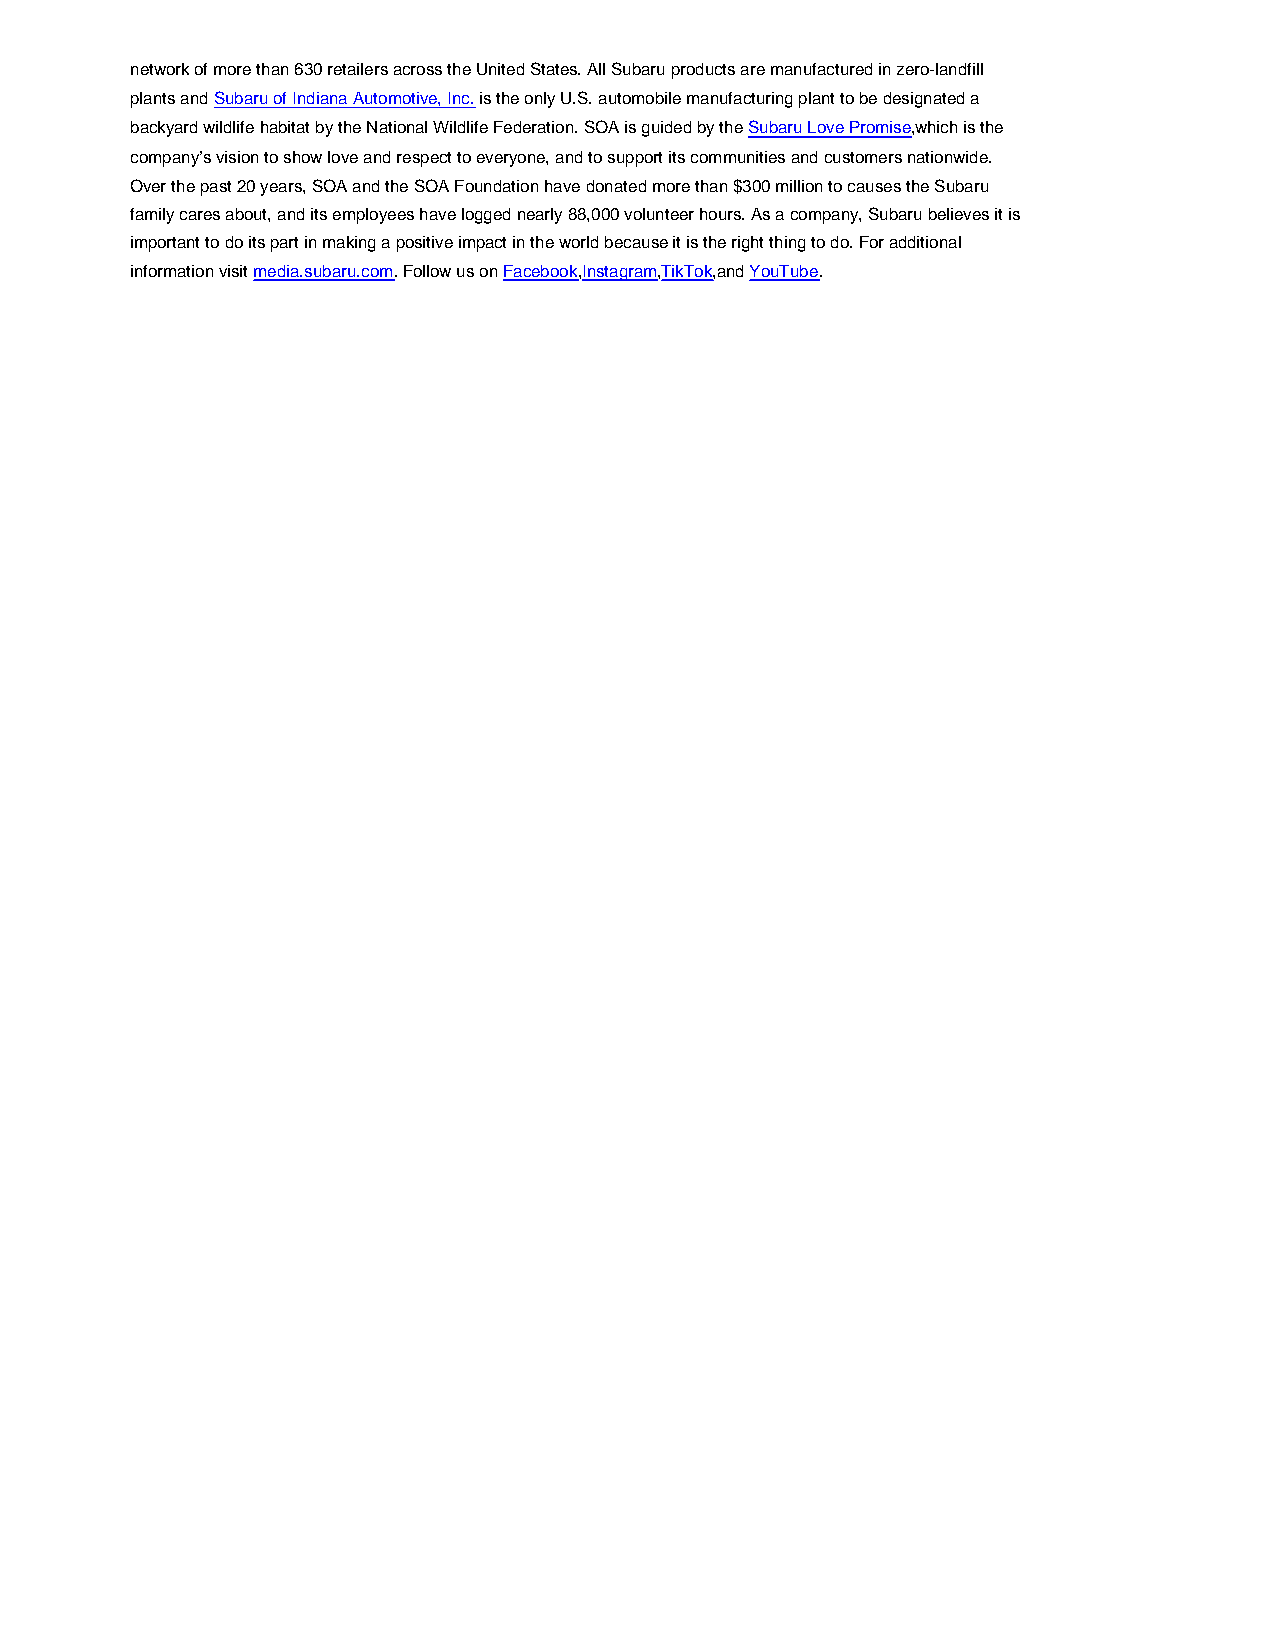
network of more than 630 retailers across the United States. All Subaru products are manufactured in zero-landfill
 plants and Subaru of Indiana Automotive, Inc. is the only U.S. automobile manufacturing plant to be designated a
 backyard wildlife habitat by the National Wildlife Federation. SOA is guided by the Subaru Love Promise,which is the
 company’s vision to show love and respect to everyone, and to support its communities and customers nationwide.
 Over the past 20 years, SOA and the SOA Foundation have donated more than $300 million to causes the Subaru
 family cares about, and its employees have logged nearly 88,000 volunteer hours. As a company, Subaru believes it is
 important to do its part in making a positive impact in the world because it is the right thing to do. For additional
 information visit media.subaru.com. Follow us on Facebook,Instagram,TikTok,and YouTube.